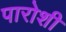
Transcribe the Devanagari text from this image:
पारोशी